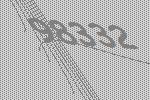
98332